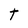
Character: t